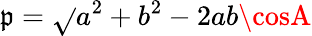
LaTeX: \mathfrak{p}=\sqrt{}{{a^{2}+b^{2}-2ab\cosA}}